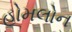
હોમલોન